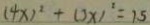
( 4 x ) ^ { 2 } + ( 3 x ) ^ { 2 } = 1 . 5